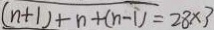
( n + 1 ) + n + ( n - 1 ) = 2 8 \times 3